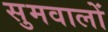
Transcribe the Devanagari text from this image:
सुमवालों